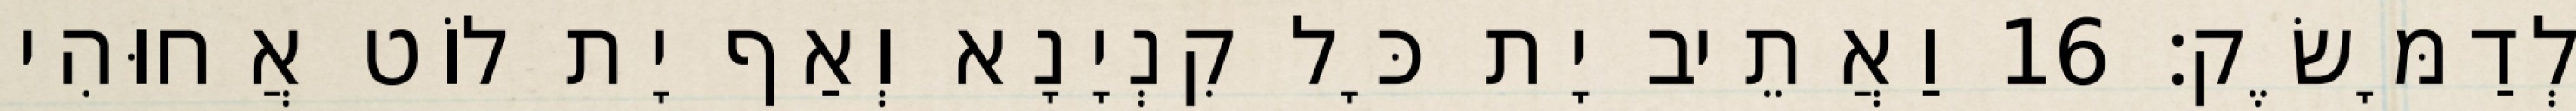
לְדַמָּשֶׂק׃ 16 וַאֲתֵיב יָת כָּל קִנְיָנָא וְאַף יָת לוֹט אֲחוּהִי